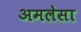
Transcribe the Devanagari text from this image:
अमलेसा